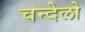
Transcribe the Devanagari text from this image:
चन्देलो